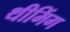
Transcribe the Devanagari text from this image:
थीमिंग